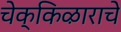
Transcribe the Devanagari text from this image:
चेक्किऴाराचे